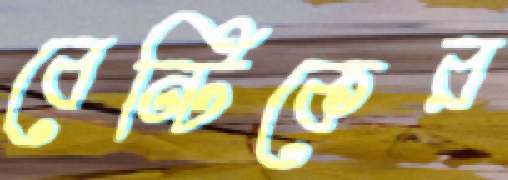
বেন্টিকের